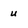
Character: u